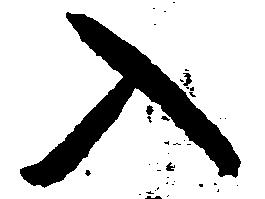
入